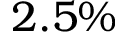
2 . 5 \%